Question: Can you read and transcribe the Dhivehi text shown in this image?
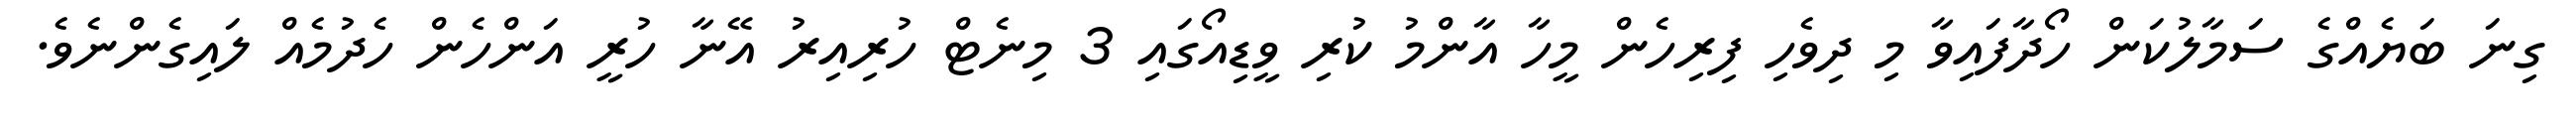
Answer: ގިނަ ބަޔެއްގެ ސަމާލުކަން ހޯދާފައިވާ މި ދިވެހި ފިރިހެން މީހާ އާންމު ކުރި ވީޑިއޯގައި 3 މިނެޓް ހުރިއިރު އޭނާ ހުރީ އަންހެން ހެދުމެއް ލައިގެންނެވެ.